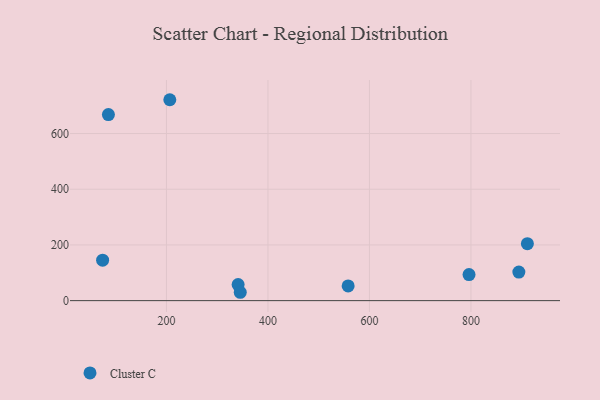
{"axis": {"x": "Ad Spend", "y": "Demand"}, "legend": ["Cluster C"], "data": [{"x": "74.2", "y": 145.1, "type": "Cluster C"}, {"x": "796.2", "y": 93.7, "type": "Cluster C"}, {"x": "558.0", "y": 52.8, "type": "Cluster C"}, {"x": "206.6", "y": 721.4, "type": "Cluster C"}, {"x": "894.4", "y": 102.6, "type": "Cluster C"}, {"x": "911.2", "y": 204.6, "type": "Cluster C"}, {"x": "341.2", "y": 57.6, "type": "Cluster C"}, {"x": "85.6", "y": 667.9, "type": "Cluster C"}, {"x": "345.4", "y": 30.0, "type": "Cluster C"}]}